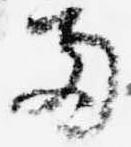
両